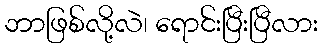
ဘာဖြစ်လို့လဲ၊ ရောင်းပြီးပြီလား